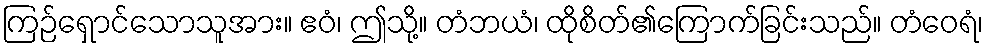
ကြဉ်ရှောင်သောသူအား။ ဧဝံ၊ ဤသို့။ တံဘယံ၊ ထိုစိတ်၏ကြောက်ခြင်းသည်။ တံဝေရံ၊